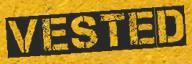
VESTED